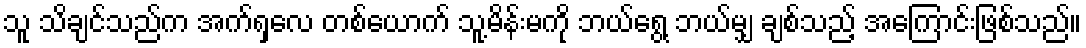
သူ သိချင်သည်က အက်ရှလေ တစ်ယောက် သူ့မိန်းမကို ဘယ်ရွေ့ ဘယ်မျှ ချစ်သည့် အကြောင်းဖြစ်သည်။